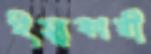
ইস্যুকারী